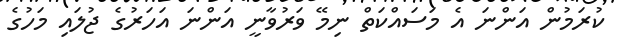
ކުރަމުން އަންނަ އެ މަސައްކަތް ނިމޭ ވަރުވާނީ އަންނަ އަހަރުގެ ޖުލައި މަހުގެ